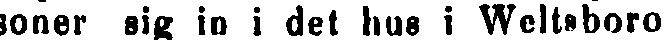
soner sig in i det hus i Weltoboro